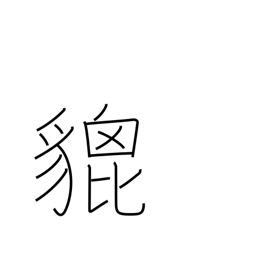
Meaning: brave heraldic beast